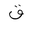
Letter: _qaf